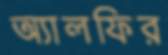
অ্যালফির